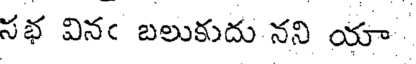
సభ వినఁ బలుకుదు నని యా